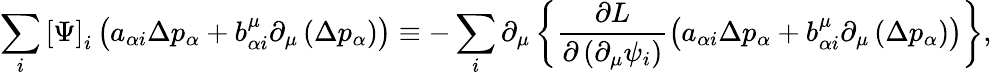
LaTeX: \sum_{i}\left[\Psi\right]_{i}\left(a_{\alpha i}\Delta p_{\alpha}+b_{\alpha i}^{\mu}\partial_{\mu}\left(\Delta p_{\alpha}\right)\right)\equiv-\sum_{i}\partial_{\mu}\left\{ \frac{\partial L}{\partial\left(\partial_{\mu}\psi_{i}\right)}\left(a_{\alpha i}\Delta p_{\alpha}+b_{\alpha i}^{\mu}\partial_{\mu}\left(\Delta p_{\alpha}\right)\right)\right\} ,